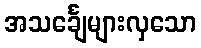
အသင်္ချေများလှသော